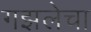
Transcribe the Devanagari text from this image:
गझलेचा